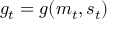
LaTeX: g _ { t } = g ( m _ { t } , s _ { t } )